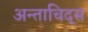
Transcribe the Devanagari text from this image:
अन्ताचिद्स